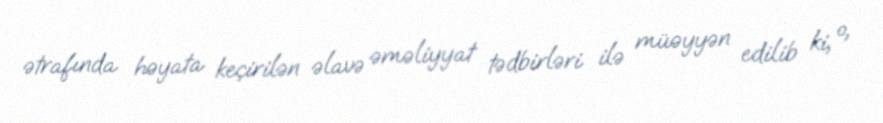
ətrafında həyata keçirilən əlavə əməliyyat tədbirləri ilə müəyyən edilib ki, o,